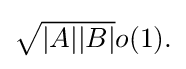
{\textstyle {\sqrt {|A||B|}}o(1).}